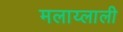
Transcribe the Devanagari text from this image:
मलाय्लाली